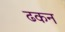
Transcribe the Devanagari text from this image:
ढकन